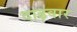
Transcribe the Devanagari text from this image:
दाढ़वार